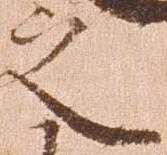
之